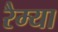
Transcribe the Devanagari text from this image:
रैम्या